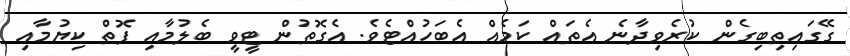
ގޭގައިތިބިގެން ކުރެވިދާނެ އެތައް ކަމެއް އެބަހުއްޓެވެ. އެގޮތުން ޓީވީ ބެލުމާއި ފޮތް ކިޔުމާއި